Scottish Leaving Certificate Examination, 1953
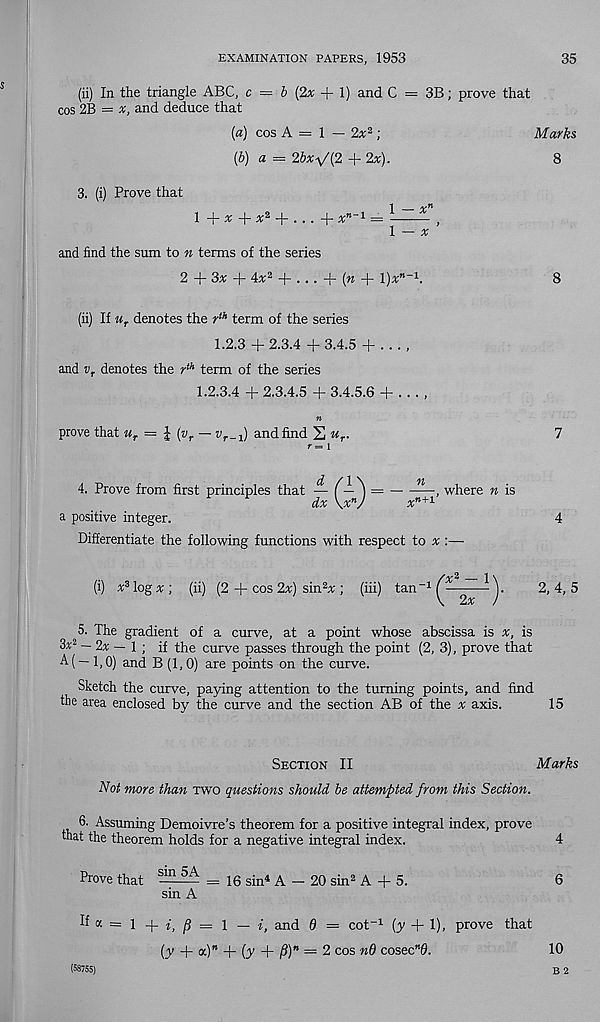
EXAMINATION PAPERS, 1953
35
(ii) In the triangle ABC, c = b [2x + \) and C = 3B; prove that
cos 2B = *, and deduce that
(a) cos A = 1 — 2x 2 ;
Marks
{b) a = 2bx^{2 +2x).
8
3. (i) Prove that
1 + % + * 2 + ...
x"' 1 — ^
— ,
1 — x
and find the sum to n terms of the series
2 + 3* + 4x 2 + . . . -f (« + l)*"- 1 .
8
(ii) If u r denotes the r th term of the series
1.2.3 + 2.3.4 + 3.4.5 + . .. ,
and v r denotes the r th term of the series
1.2.3.4 + 2.3.4.5 + 3.4.5.6 + . . . ,
n
prove that u r = \ [v r — v r^^) and find S w r .
1
7
4. Prove from first principles that
—
, where n is
* B+1
a positive integer.
Differentiate the following functions with respect to x :—
4
(i) x 3 log * ; (ii) (2 + cos 2x) sin 2 * ; (iii) tan
-f 2x
2, 4,5
5. The gradient of a curve, at a point whose abscissa is *, is
3* 2 — 2* — 1 ; if the curve passes through the point (2, 3), prove that
A( — 1,0) and B (1,0) are points on the curve.
Sketch the curve, paying attention to the turning points, and find
the area enclosed by the curve and the section AB of the * axis.
15
Section II
Marks
Not more than two questions should be attempted from this Section.
6. Assuming Demoivre’s theorem for a positive integral index, prove
that the theorem holds for a negative integral index.
4
Prove that —- 5A = 16 sin 4 A - 20 sin 2 A + 5.
6
sin A
If a = 1 + f, jS = 1 — f, and 0 = cot -1 (^ 4- 1), prove that
[y 4- «)” 4- (y 4- jd)" = 2 cos nd cosec”0.
10
B 2
(58755)